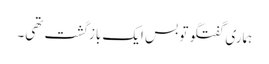
ہماری گفتگو تو بس ایک بازگشت تھی۔